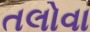
તલોવા